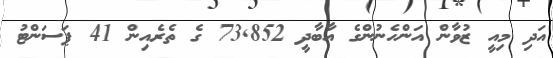
އަދި މިއީ ޒުވާން އަންހެނުންގެ އާބާދީ 73